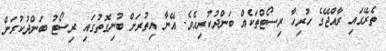
ތެރޭގައި ރާއްޖޭގެ ހުރިހާ ރިސޯޓްތަކެއް ބަންދުކުރިއެވެ. އޭނާ އިތުރަށް ބުނިގޮތުގައި ރިސޯޓު ބަންދުކުރަން